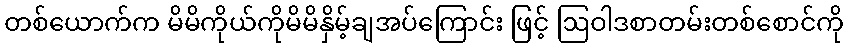
တစ်ယောက်က မိမိကိုယ်ကိုမိမိနှိမ့်ချအပ်ကြောင်း ဖြင့် ဩဝါဒစာတမ်းတစ်စောင်ကို